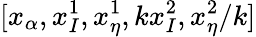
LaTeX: [x_{\alpha},x_{I}^{1},x_{\eta}^{1},kx_{I}^{2},x_{\eta}^{2}/k]